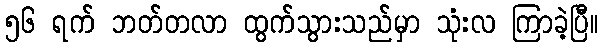
၅၆ ရက် ဘတ်တလာ ထွက်သွားသည်မှာ သုံးလ ကြာခဲ့ပြီ။